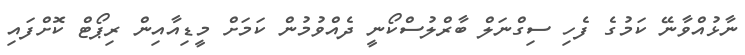
ނާޅުއްވާނޭ ކަމުގެ ފެހި ސިގްނަލް ބާރްލުސްކޯނީ ދެއްވުމުން ކަމަށް މީޑިއާއިން ރިޕޯޓް ކޮށްފައި